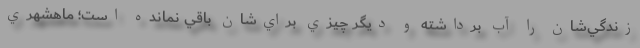
زندگي‌شان را آب برداشته و ديگر چيزي براي‌شان باقي نمانده است؛ ماهشهري